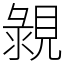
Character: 䚄